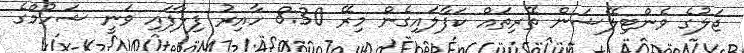
ޖަލުގެ ވެންޓިލޭޝަން ތޭރިތައް ކަފާލައިގެން މިރޭ 8:30 ހާއިރު ފިލާފައި ވަނީ ޝަހުމްގެ